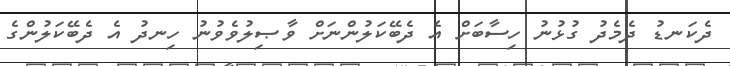
ދެކަނޑު ދެމެދު ގުޅުނު ހިސާބަށް އެ ދެބޭކަލުންނަށް ވާޞިލުވެވުނު ހިނދު އެ ދެބޭކަލުންގެ